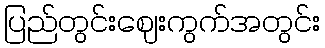
ပြည်တွင်းဈေးကွက်အတွင်း